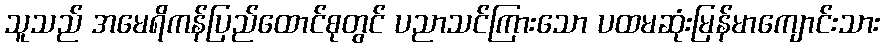
သူသည် အမေရိကန်ပြည်ထောင်စုတွင် ပညာသင်ကြားသော ပထမဆုံးမြန်မာကျောင်းသား